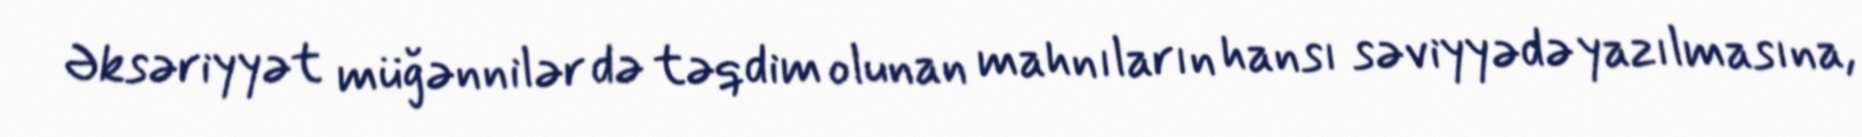
Əksəriyyət müğənnilər də təqdim olunan mahnıların hansı səviyyədə yazılmasına,